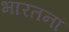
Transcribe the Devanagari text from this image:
भारतनां